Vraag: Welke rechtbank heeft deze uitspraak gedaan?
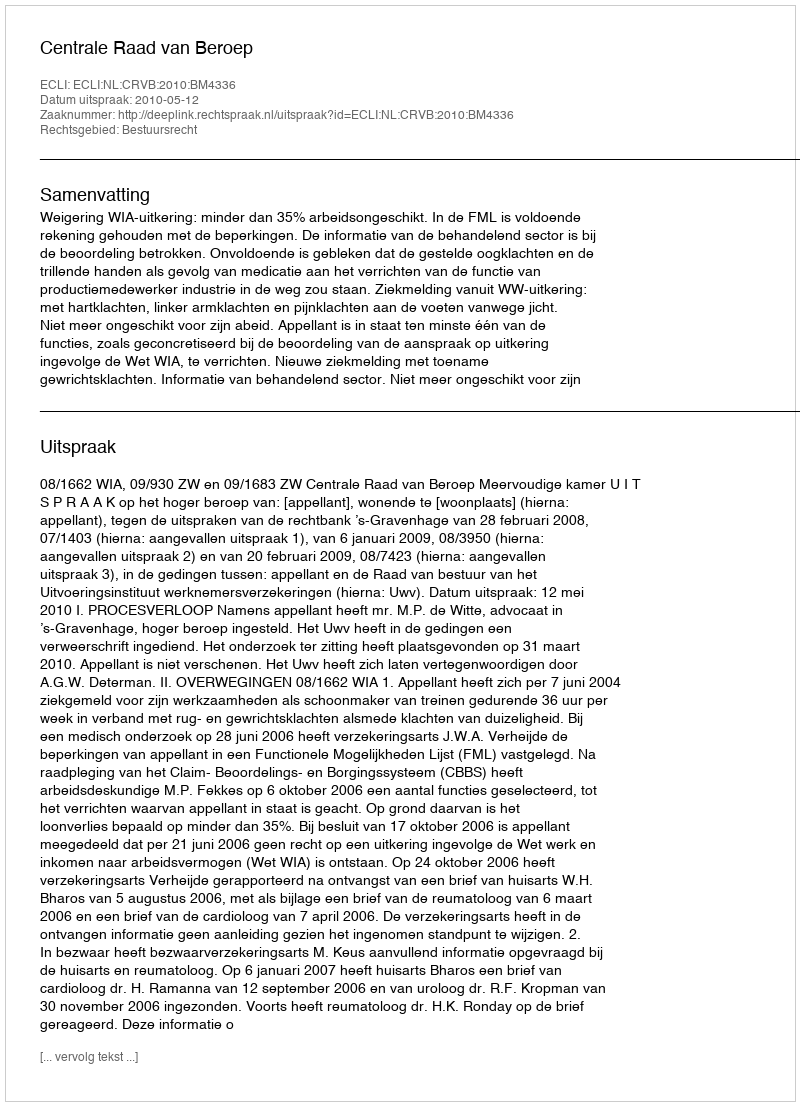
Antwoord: Centrale Raad van Beroep